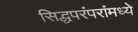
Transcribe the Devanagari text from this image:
सिद्धपरंपरांमध्ये